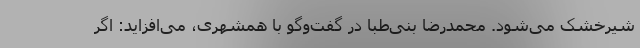
شیرخشک می‌شود. محمدرضا بنی‌طبا در گفت‌وگو با همشهری، می‌افزاید: اگر